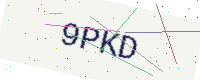
Text: 9PKD